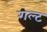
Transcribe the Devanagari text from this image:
गल्ट